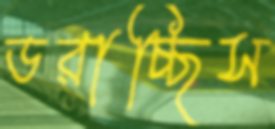
ডরাচ্ছিস